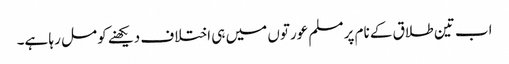
اب تین طلاق کے نام پر مسلم عورتوں میں ہی اختلاف دیکھنے کو مل رہا ہے۔